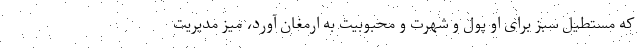
که مستطیل سبز برای او پول و شهرت و محبوبیت به ارمغان آورد، میز مدیریت